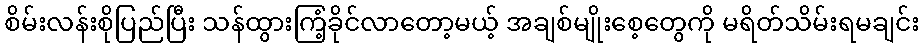
စိမ်းလန်းစိုပြည်ပြီး သန်ထွားကြံ့ခိုင်လာတော့မယ့် အချစ်မျိုးစေ့တွေကို မရိတ်သိမ်းရမချင်း